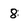
Character: 8